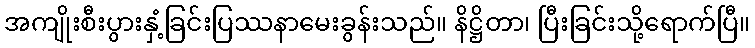
အကျိုးစီးပွားနှံ့ခြင်းပြဿနာမေးခွန်းသည်။ နိဋ္ဌိတာ၊ ပြီးခြင်းသို့ရောက်ပြီ။